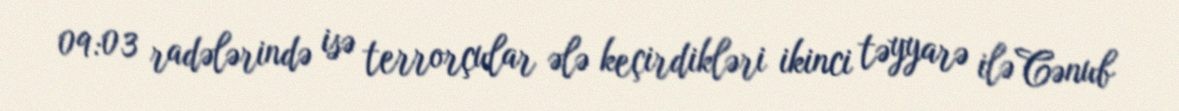
09:03 radələrində isə terrorçular ələ keçirdikləri ikinci təyyarə ilə Cənub